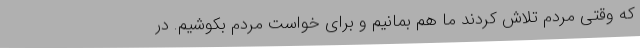
که وقتی مردم تلاش کردند ما هم بمانیم و برای خواست مردم بکوشیم. در